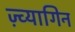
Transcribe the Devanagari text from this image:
ज़्व्यागिन